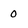
Character: 0